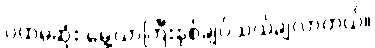
ပထမဆုံး မွေ့ယာကြီးနှစ်ချပ်သယ်ချလာတယ်။